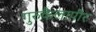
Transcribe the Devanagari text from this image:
गुरुकैलापीर